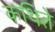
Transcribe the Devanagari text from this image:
कथिते